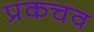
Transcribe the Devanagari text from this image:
प्रकचव